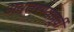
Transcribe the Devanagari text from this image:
अवतरण्यापूर्वी